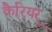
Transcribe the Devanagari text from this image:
कैरियर्